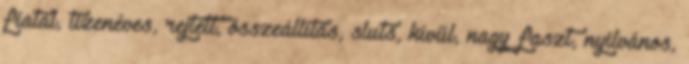
fiatal, tizenéves, rejtett, összeállítás, sluts, kívül, nagy faszt, nyilvános,